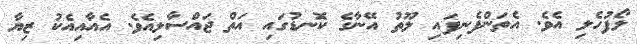
ލޯފުހެލި އެވެ. އެތަންފެެނިފައި ލޫތު އޭނާގެ ކޮނޑުގައި އަތް ޖައްސާލިއެވެ. އެއާއިއެކު ޒިޔާ